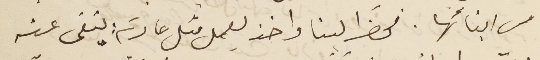
من ابنائها. فحضَر الينا واخذ يعمل مثل عادته : ينفى عنه